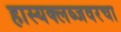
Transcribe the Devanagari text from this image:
हास्यक्लब्जवरचा